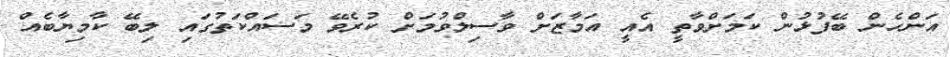
އަންހެން ބޭފުޅުން ކަމަށްވާތީ އެއީ އަމާޒަށް ވާސިލްވުމަށް ކުރެވޭ މަސައްކަތުގައި ލިބޭ ކާމިޔާބެއް